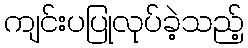
ကျင်းပပြုလုပ်ခဲ့သည့်